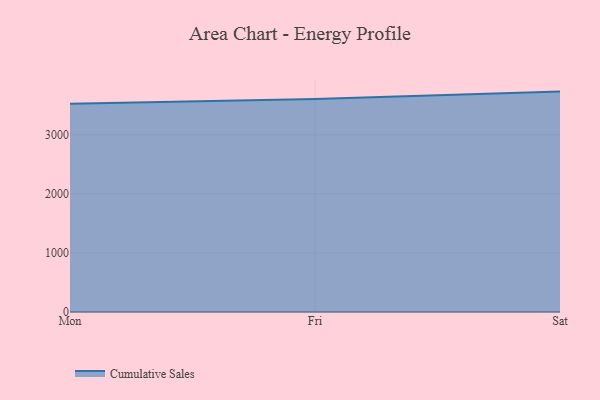
{"axis": {"x": "Day", "y": "Operating Costs (USD K)"}, "legend": ["Cumulative Sales"], "data": [{"x": "Mon", "y": 3528.0, "type": "Cumulative Sales"}, {"x": "Fri", "y": 3605.6, "type": "Cumulative Sales"}, {"x": "Sat", "y": 3731.7, "type": "Cumulative Sales"}]}